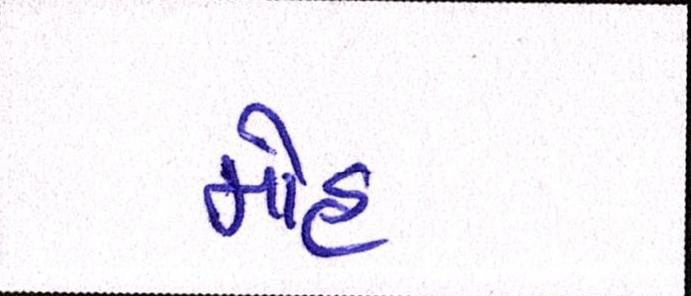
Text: મોહ